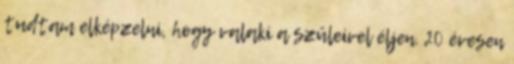
tudtam elképzelni, hogy valaki a szüleivel éljen. 20 évesen